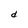
Character: d